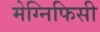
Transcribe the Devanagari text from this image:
मेग्निफिसी